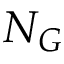
N _ { G }